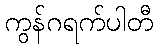
ကွန်ဂရက်ပါတီ